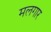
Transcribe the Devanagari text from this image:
मलगार